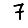
Digit: 7